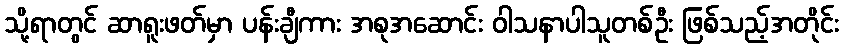
သို့ရာတွင် ဆာရူးဖတ်မှာ ပန်းချီကား အစုအဆောင်း ဝါသနာပါသူတစ်ဦး ဖြစ်သည့်အတိုင်း